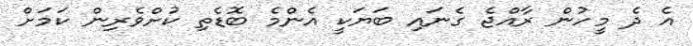
އެ ދެ މީހުން ރާއްޖެ ގެނައި ބަޔަކީ އެންމެ ބޮޑެތި ކުށްވެރިން ކަމަށް